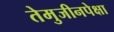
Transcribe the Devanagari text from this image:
तेमुजीनपेक्षा